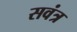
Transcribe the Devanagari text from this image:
सवंत्र